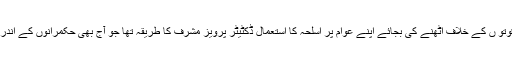
اسلام دشمن قوتو ں کے خلاف اُٹھنے کی بجائے اپنے عوام پر اسلحہ کا استعمال ڈکٹیٹر پرویز مشرف کا طریقہ تھا جو آج بھی حکمرانوں کے اندر موجود ہے ۔